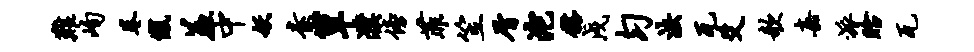
难峋卷憾羞中妖素簟濮傍菲笠屑沱髂戍匀法瓦爻欹嘉派眙瓦